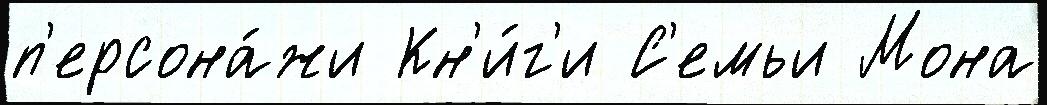
п'ерсона́жи Кн'и́г'и С'емьи Мона